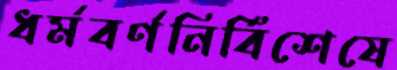
ধর্মবর্ণনির্বিশেষে